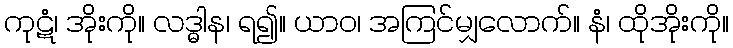
ကုဋံ၊ အိုးကို။ လဒ္ဓါန၊ ရ၍။ ယာဝ၊ အကြင်မျှလောက်။ နံ၊ ထိုအိုးကို။